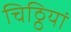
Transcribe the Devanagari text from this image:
चिठ्ठियां